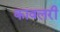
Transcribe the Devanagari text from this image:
कावलरी